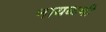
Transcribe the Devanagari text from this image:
नायकभी